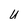
Character: U